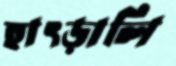
হাৎড়ালি